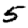
Digit: 5